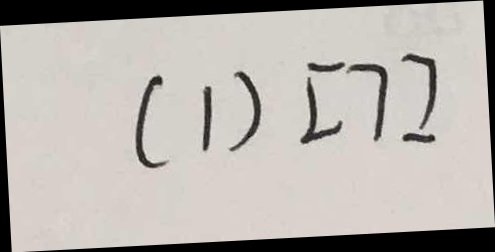
( 1 ) [ 7 ]